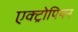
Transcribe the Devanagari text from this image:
एक्ट्रोपियन